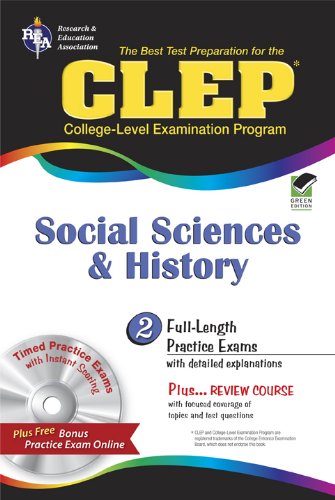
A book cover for CLEPÂ® Social Sciences and History w/CD (CLEP Test Preparation); CLEP; Test Preparation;